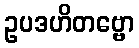
ဥပဒဟိတဗ္ဗော